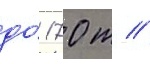
до́ 170 т //